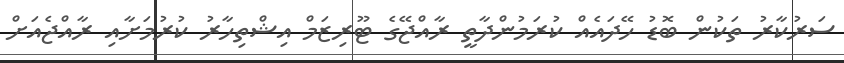
ސަރުކާރު ތަކުން ބޮޑު ހޭދައެއް ކުރަމުންދާތީ ރާއްޖޭގެ ޓޫރިޒަމް އިޝްތިހާރު ކުރުމަށާއި ރާއްޖެއަށް